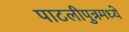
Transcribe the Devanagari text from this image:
पाटलीपुत्रमध्ये